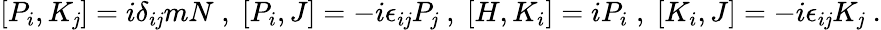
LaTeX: [P_{i},K_{\mathit{j}}]=i\delta_{i\mathit{j}}mN\; ,\; [P_{i},J]=-i\epsilon_{i\mathit{j}}P_{\mathit{j}}\; ,\; [H,K_{i}]=iP_{i}\; ,\; [K_{i},J]=-i\epsilon_{i\mathit{j}}K_{\mathit{j}}\; .